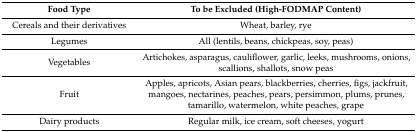
<table><thead><tr><td><b>Food Type</b></td><td><b>To be Excluded (High-FODMAP Content)</b></td></tr></thead><tbody><tr><td>Cereals and their derivatives</td><td>Wheat, barley, rye</td></tr><tr><td>Legumes</td><td>All (lentils, beans, chickpeas, soy, peas)</td></tr><tr><td>Vegetables</td><td>Artichokes, asparagus, cauliflower, garlic, leeks, mushrooms, onions, scallions, shallots, snow peas</td></tr><tr><td>Fruit</td><td>Apples, apricots, Asian pears, blackberries, cherries, figs, jackfruit, mangoes, nectarines, peaches, pears, persimmon, plums, prunes, tamarillo, watermelon, white peaches, grape</td></tr><tr><td>Dairy products</td><td>Regular milk, ice cream, soft cheeses, yogurt</td></tr></tbody></table>